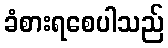
ခံစားရစေပါသည်